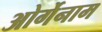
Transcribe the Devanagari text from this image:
ओर्गेनाम